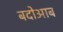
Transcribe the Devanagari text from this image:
बदोआब